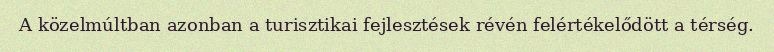
A közelmúltban azonban a turisztikai fejlesztések révén felértékelődött a térség.